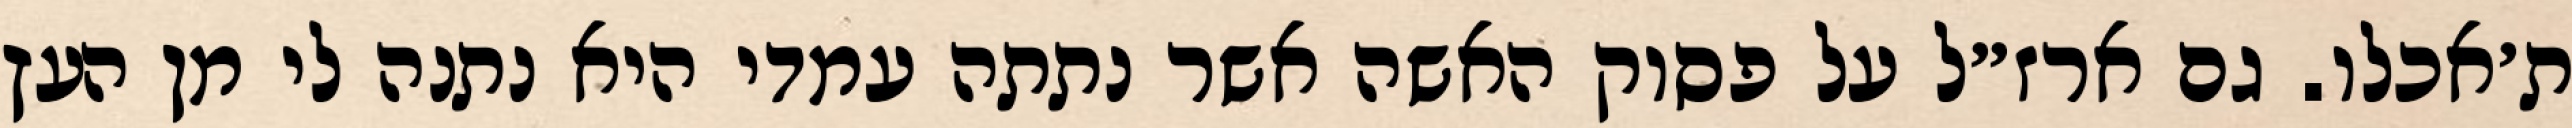
ת׳אכלו. גם ארז״ל על פסוק האשה אשר נתתה עמדי היא נתנה לי מן העץ